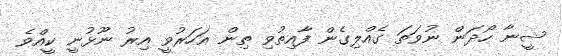
ޝީނާ ހޯދަން ނުވަތަ ގެއްލިގެން ފާއިތުވި ތިން އަހަރުވީ އިރު ނޫޅުނީ ކީއްވެ